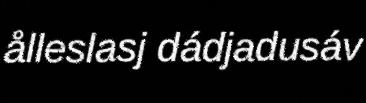
ålleslasj dádjadusáv